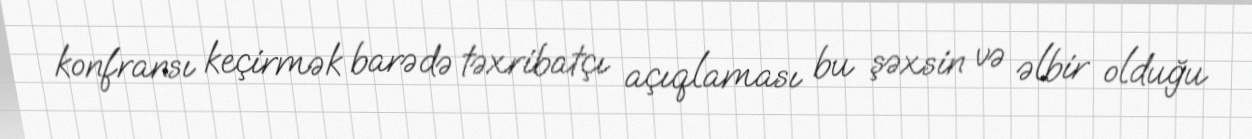
konfransı keçirmək barədə təxribatçı açıqlaması bu şəxsin və əlbir olduğu